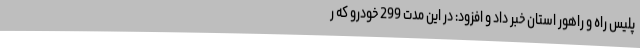
پلیس راه و راهور استان خبر داد و افزود: در این مدت 299 خودرو که ر